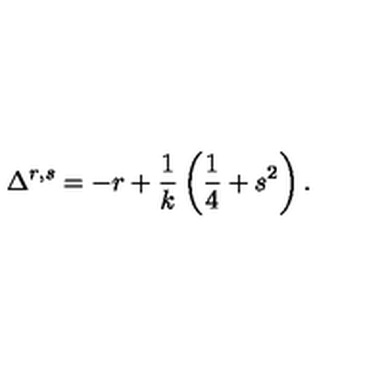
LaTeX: \Delta ^ { r , s } = - r + \frac 1 k \left( \frac 1 4 + s ^ { 2 } \right) .